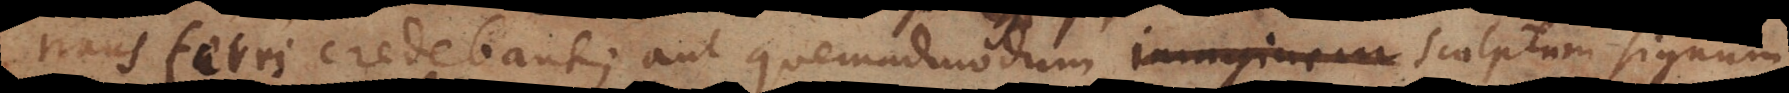
transferri credebant; aut quemadmodum imaginem sculptum signum